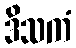
ဒိသကံ